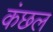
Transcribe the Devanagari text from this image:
कंछल